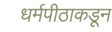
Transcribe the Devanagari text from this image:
धर्मपीठाकडून